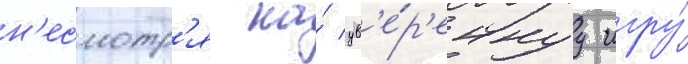
н'есмотр'я на́ ув'е́р'еннуу игру́